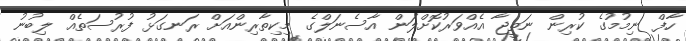
ހާފް ނިމުމުގެ ކުރިން ނަތީޖާ އެއްވަރުކޮށްލަން އާސެނަލްގެ މިކިތާރިންއަށް ރަނގަޅު ފުރުސަތެއް ލިބުނު